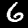
Digit: 6